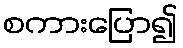
စကားပြော၍